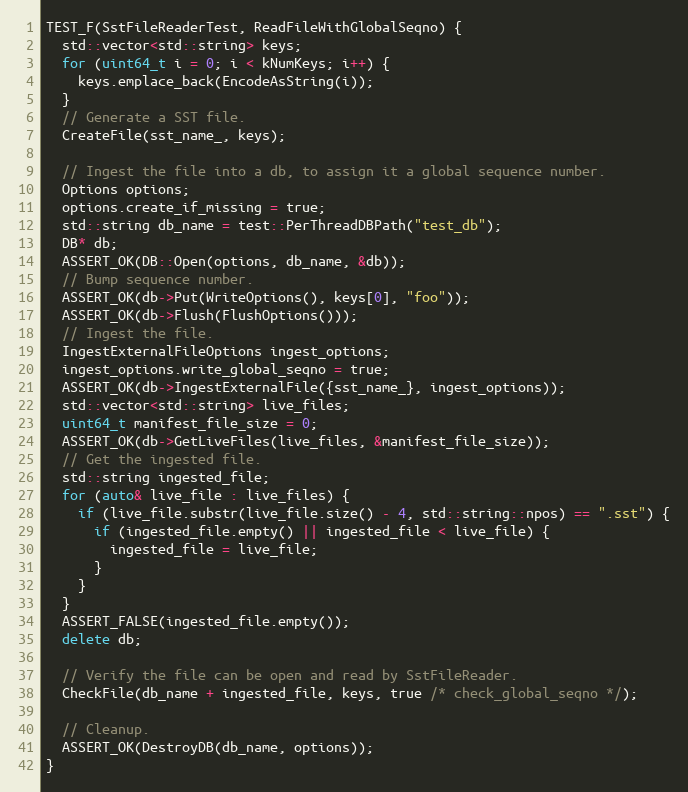
Language: C++
TEST_F(SstFileReaderTest, ReadFileWithGlobalSeqno) {
  std::vector<std::string> keys;
  for (uint64_t i = 0; i < kNumKeys; i++) {
    keys.emplace_back(EncodeAsString(i));
  }
  // Generate a SST file.
  CreateFile(sst_name_, keys);

  // Ingest the file into a db, to assign it a global sequence number.
  Options options;
  options.create_if_missing = true;
  std::string db_name = test::PerThreadDBPath("test_db");
  DB* db;
  ASSERT_OK(DB::Open(options, db_name, &db));
  // Bump sequence number.
  ASSERT_OK(db->Put(WriteOptions(), keys[0], "foo"));
  ASSERT_OK(db->Flush(FlushOptions()));
  // Ingest the file.
  IngestExternalFileOptions ingest_options;
  ingest_options.write_global_seqno = true;
  ASSERT_OK(db->IngestExternalFile({sst_name_}, ingest_options));
  std::vector<std::string> live_files;
  uint64_t manifest_file_size = 0;
  ASSERT_OK(db->GetLiveFiles(live_files, &manifest_file_size));
  // Get the ingested file.
  std::string ingested_file;
  for (auto& live_file : live_files) {
    if (live_file.substr(live_file.size() - 4, std::string::npos) == ".sst") {
      if (ingested_file.empty() || ingested_file < live_file) {
        ingested_file = live_file;
      }
    }
  }
  ASSERT_FALSE(ingested_file.empty());
  delete db;

  // Verify the file can be open and read by SstFileReader.
  CheckFile(db_name + ingested_file, keys, true /* check_global_seqno */);

  // Cleanup.
  ASSERT_OK(DestroyDB(db_name, options));
}